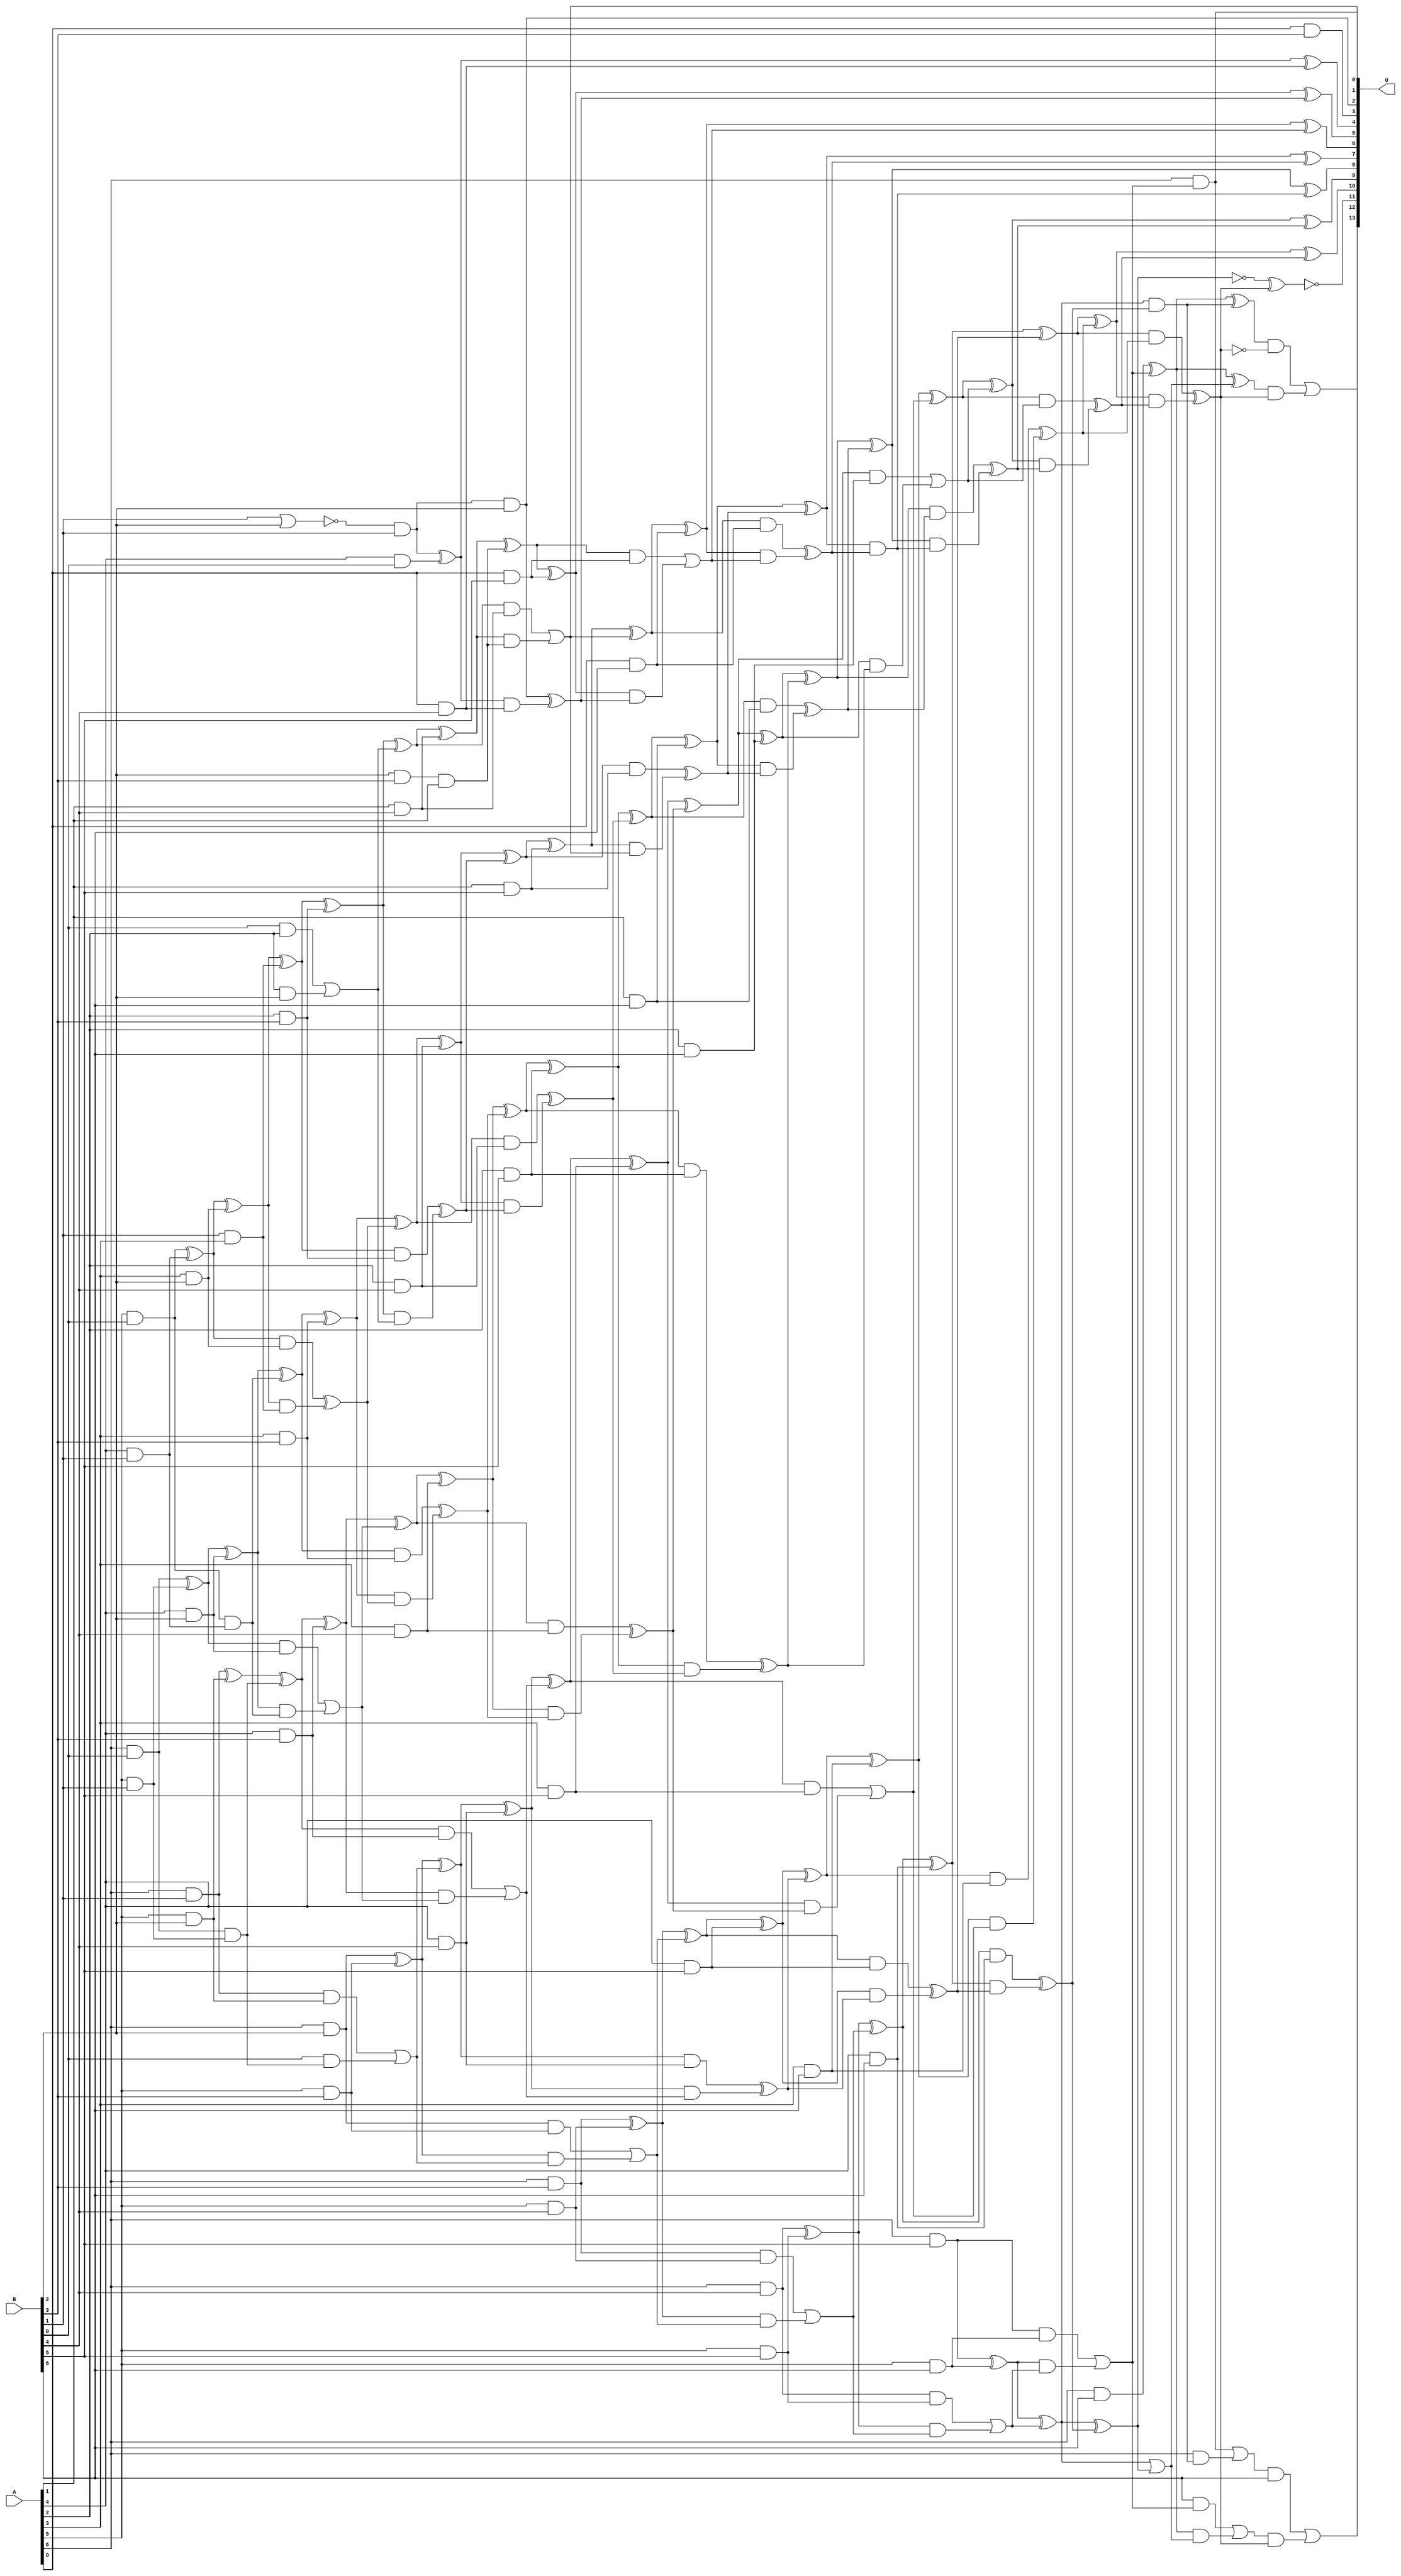
// This program was cloned from: https://github.com/ehw-fit/evoapproxlib
// License: MIT License

/***
* This code is a part of EvoApproxLib library (ehw.fit.vutbr.cz/approxlib) distributed under The MIT License.
* When used, please cite the following article(s): V. Mrazek, S. S. Sarwar, L. Sekanina, Z. Vasicek and K. Roy, "Design of power-efficient approximate multipliers for approximate artificial neural networks," 2016 IEEE/ACM International Conference on Computer-Aided Design (ICCAD), Austin, TX, 2016, pp. 1-7. doi: 10.1145/2966986.2967021 
* This file contains a circuit from a sub-set of pareto optimal circuits with respect to the pwr and ep parameters
***/
// MAE% = 0.058 %
// MAE = 9.5 
// WCE% = 0.19 %
// WCE = 31 
// WCRE% = 700.00 %
// EP% = 85.08 %
// MRE% = 1.68 %
// MSE = 155 
// PDK45_PWR = 0.238 mW
// PDK45_AREA = 446.8 um2
// PDK45_DELAY = 1.22 ns


module mul7u_0B2(A, B, O);
  input [6:0] A, B;
  output [13:0] O;
  wire [6:0] A, B;
  wire [13:0] O;
  wire sig_19, sig_20, sig_25, sig_26, sig_27, sig_35;
  wire sig_36, sig_37, sig_38, sig_39, sig_43, sig_44;
  wire sig_45, sig_46, sig_58, sig_59, sig_61, sig_62;
  wire sig_63, sig_64, sig_65, sig_66, sig_67, sig_68;
  wire sig_69, sig_70, sig_71, sig_72, sig_73, sig_74;
  wire sig_75, sig_76, sig_79, sig_80, sig_81, sig_82;
  wire sig_83, sig_88, sig_89, sig_90, sig_92, sig_93;
  wire sig_94, sig_95, sig_96, sig_97, sig_98, sig_99;
  wire sig_100, sig_101, sig_102, sig_103, sig_104, sig_105;
  wire sig_106, sig_107, sig_108, sig_109, sig_110, sig_111;
  wire sig_112, sig_113, sig_114, sig_115, sig_116, sig_117;
  wire sig_118, sig_119, sig_120, sig_121, sig_123, sig_125;
  wire sig_126, sig_127, sig_128, sig_129, sig_131, sig_132;
  wire sig_133, sig_134, sig_135, sig_136, sig_137, sig_138;
  wire sig_139, sig_140, sig_141, sig_142, sig_143, sig_144;
  wire sig_145, sig_146, sig_147, sig_148, sig_149, sig_150;
  wire sig_151, sig_152, sig_153, sig_154, sig_155, sig_156;
  wire sig_157, sig_158, sig_159, sig_160, sig_162, sig_163;
  wire sig_164, sig_165, sig_166, sig_167, sig_168, sig_169;
  wire sig_170, sig_171, sig_172, sig_173, sig_174, sig_175;
  wire sig_176, sig_177, sig_178, sig_179, sig_180, sig_181;
  wire sig_182, sig_183, sig_184, sig_185, sig_186, sig_187;
  wire sig_188, sig_189, sig_190, sig_191, sig_192, sig_193;
  wire sig_194, sig_195, sig_196, sig_197, sig_199, sig_200;
  wire sig_201, sig_202, sig_203, sig_204, sig_205, sig_206;
  wire sig_207, sig_208, sig_209, sig_210, sig_211, sig_212;
  wire sig_213, sig_214, sig_215, sig_216, sig_217, sig_218;
  wire sig_219, sig_220, sig_221, sig_222, sig_223, sig_224;
  wire sig_226, sig_227, sig_228, sig_229, sig_231, sig_232;
  wire sig_233, sig_234, sig_236, sig_237, sig_238, sig_239;
  wire sig_241, sig_243, sig_244, sig_246, sig_247, sig_248;
  wire sig_249, sig_250, sig_251, sig_252, sig_253, sig_254;
  wire sig_255, sig_256, sig_257, sig_262, sig_263, sig_264;
  wire sig_267, sig_268;
  assign sig_19 = A[5] & B[0];
  assign sig_20 = A[6] & B[0];
  assign sig_25 = A[4] & B[1];
  assign sig_26 = A[5] & B[1];
  assign sig_27 = A[6] & B[1];
  assign sig_35 = B[1] & A[3];
  assign sig_36 = sig_19 ^ sig_25;
  assign sig_37 = sig_19 & sig_25;
  assign sig_38 = sig_20 ^ sig_26;
  assign sig_39 = sig_20 & sig_26;
  assign O[3] = A[0] & B[3];
  assign sig_43 = A[3] & B[2];
  assign sig_44 = A[4] & B[2];
  assign sig_45 = A[5] & B[2];
  assign sig_46 = A[6] & B[2];
  assign sig_58 = B[0] & A[2];
  assign sig_59 = A[2] & B[2];
  assign sig_61 = sig_58 | sig_59;
  assign sig_62 = sig_36 ^ sig_43;
  assign sig_63 = sig_36 & sig_43;
  assign sig_64 = sig_62 & sig_35;
  assign sig_65 = sig_62 ^ sig_35;
  assign sig_66 = sig_63 ^ sig_64;
  assign sig_67 = sig_38 ^ sig_44;
  assign sig_68 = sig_38 & sig_44;
  assign sig_69 = sig_67 & sig_37;
  assign sig_70 = sig_67 ^ sig_37;
  assign sig_71 = sig_68 | sig_69;
  assign sig_72 = sig_27 ^ sig_45;
  assign sig_73 = sig_27 & sig_45;
  assign sig_74 = B[0] & sig_39;
  assign sig_75 = sig_72 ^ sig_39;
  assign sig_76 = sig_73 | sig_74;
  assign sig_79 = A[2] & B[3];
  assign sig_80 = A[3] & B[3];
  assign sig_81 = A[4] & B[3];
  assign sig_82 = A[5] & B[3];
  assign sig_83 = A[6] & B[3];
  assign sig_88 = A[0] & B[4];
  assign sig_89 = !(B[1] | B[2]);
  assign sig_90 = B[2] & B[3];
  assign sig_92 = sig_89 & B[1];
  assign sig_93 = sig_90 & A[1];
  assign sig_94 = sig_65 ^ sig_79;
  assign sig_95 = sig_65 & sig_79;
  assign sig_96 = sig_94 & sig_61;
  assign sig_97 = sig_94 ^ sig_61;
  assign sig_98 = sig_95 ^ sig_96;
  assign sig_99 = sig_70 ^ sig_80;
  assign sig_100 = sig_70 & sig_80;
  assign sig_101 = sig_99 & sig_66;
  assign sig_102 = sig_99 ^ sig_66;
  assign sig_103 = sig_100 ^ sig_101;
  assign sig_104 = sig_75 ^ sig_81;
  assign sig_105 = sig_75 & sig_81;
  assign sig_106 = sig_104 & sig_71;
  assign sig_107 = sig_104 ^ sig_71;
  assign sig_108 = sig_105 | sig_106;
  assign sig_109 = sig_46 ^ sig_82;
  assign sig_110 = sig_46 & sig_82;
  assign sig_111 = sig_109 & sig_76;
  assign sig_112 = sig_109 ^ sig_76;
  assign sig_113 = sig_110 | sig_111;
  assign sig_114 = A[4] & B[0];
  assign sig_115 = A[1] & B[4];
  assign sig_116 = A[2] & B[4];
  assign sig_117 = A[3] & B[4];
  assign sig_118 = A[4] & B[4];
  assign sig_119 = A[5] & B[4];
  assign sig_120 = A[6] & B[4];
  assign sig_121 = sig_92 ^ sig_114;
  assign O[2] = sig_92 & B[2];
  assign sig_123 = sig_121 & sig_88;
  assign O[4] = sig_121 ^ sig_88;
  assign sig_125 = O[2] ^ sig_123;
  assign sig_126 = sig_97 ^ sig_115;
  assign sig_127 = sig_97 & sig_115;
  assign sig_128 = sig_126 & sig_93;
  assign sig_129 = sig_126 ^ sig_93;
  assign O[1] = sig_127 | sig_128;
  assign sig_131 = sig_102 ^ sig_116;
  assign sig_132 = sig_102 & sig_116;
  assign sig_133 = sig_131 & sig_98;
  assign sig_134 = sig_131 ^ sig_98;
  assign sig_135 = sig_132 ^ sig_133;
  assign sig_136 = sig_107 ^ sig_117;
  assign sig_137 = sig_107 & sig_117;
  assign sig_138 = sig_136 & sig_103;
  assign sig_139 = sig_136 ^ sig_103;
  assign sig_140 = sig_137 ^ sig_138;
  assign sig_141 = sig_112 ^ sig_118;
  assign sig_142 = sig_112 & sig_118;
  assign sig_143 = sig_141 & sig_108;
  assign sig_144 = sig_141 ^ sig_108;
  assign sig_145 = sig_142 ^ sig_143;
  assign sig_146 = sig_83 ^ sig_119;
  assign sig_147 = sig_83 & sig_119;
  assign sig_148 = sig_146 & sig_113;
  assign sig_149 = sig_146 ^ sig_113;
  assign sig_150 = sig_147 | sig_148;
  assign sig_151 = A[0] & B[5];
  assign sig_152 = A[1] & B[5];
  assign sig_153 = A[2] & B[5];
  assign sig_154 = A[3] & B[5];
  assign sig_155 = A[4] & B[5];
  assign sig_156 = A[5] & B[5];
  assign sig_157 = A[6] & B[5];
  assign sig_158 = sig_129 ^ sig_151;
  assign sig_159 = sig_129 & sig_151;
  assign sig_160 = sig_158 & sig_125;
  assign O[5] = sig_158 ^ sig_125;
  assign sig_162 = sig_159 | sig_160;
  assign sig_163 = sig_134 ^ sig_152;
  assign sig_164 = sig_134 & sig_152;
  assign sig_165 = sig_163 & O[1];
  assign sig_166 = sig_163 ^ O[1];
  assign sig_167 = sig_164 ^ sig_165;
  assign sig_168 = sig_139 ^ sig_153;
  assign sig_169 = sig_139 & sig_153;
  assign sig_170 = sig_168 & sig_135;
  assign sig_171 = sig_168 ^ sig_135;
  assign sig_172 = sig_169 ^ sig_170;
  assign sig_173 = sig_144 ^ sig_154;
  assign sig_174 = sig_144 & sig_154;
  assign sig_175 = sig_173 & sig_140;
  assign sig_176 = sig_173 ^ sig_140;
  assign sig_177 = sig_174 | sig_175;
  assign sig_178 = sig_149 ^ sig_155;
  assign sig_179 = sig_149 & sig_155;
  assign sig_180 = sig_178 & sig_145;
  assign sig_181 = sig_178 ^ sig_145;
  assign sig_182 = sig_179 ^ sig_180;
  assign sig_183 = sig_120 ^ sig_156;
  assign sig_184 = sig_120 & sig_156;
  assign sig_185 = sig_183 & sig_150;
  assign sig_186 = sig_183 ^ sig_150;
  assign sig_187 = sig_184 | sig_185;
  assign sig_188 = A[0] & B[6];
  assign sig_189 = A[1] & B[6];
  assign sig_190 = A[2] & B[6];
  assign sig_191 = A[3] & B[6];
  assign sig_192 = A[4] & B[6];
  assign sig_193 = A[5] & B[6];
  assign sig_194 = A[6] & B[6];
  assign sig_195 = sig_166 ^ sig_188;
  assign sig_196 = sig_166 & sig_188;
  assign sig_197 = sig_195 & sig_162;
  assign O[6] = sig_195 ^ sig_162;
  assign sig_199 = sig_196 ^ sig_197;
  assign sig_200 = sig_171 ^ sig_189;
  assign sig_201 = sig_171 & sig_189;
  assign sig_202 = sig_200 & sig_167;
  assign sig_203 = sig_200 ^ sig_167;
  assign sig_204 = sig_201 ^ sig_202;
  assign sig_205 = sig_176 ^ sig_190;
  assign sig_206 = sig_176 & sig_190;
  assign sig_207 = sig_205 & sig_172;
  assign sig_208 = sig_205 ^ sig_172;
  assign sig_209 = sig_206 | sig_207;
  assign sig_210 = sig_181 ^ sig_191;
  assign sig_211 = sig_181 & sig_191;
  assign sig_212 = sig_210 & sig_177;
  assign sig_213 = sig_210 ^ sig_177;
  assign sig_214 = sig_211 ^ sig_212;
  assign sig_215 = sig_186 ^ sig_192;
  assign sig_216 = sig_186 & sig_192;
  assign sig_217 = sig_215 & sig_182;
  assign sig_218 = sig_215 ^ sig_182;
  assign sig_219 = sig_216 ^ sig_217;
  assign sig_220 = sig_157 ^ sig_193;
  assign sig_221 = sig_157 & sig_193;
  assign sig_222 = sig_220 & sig_187;
  assign sig_223 = sig_220 ^ sig_187;
  assign sig_224 = sig_221 | sig_222;
  assign O[7] = sig_203 ^ sig_199;
  assign sig_226 = sig_203 & sig_199;
  assign sig_227 = sig_208 ^ sig_204;
  assign sig_228 = sig_208 & sig_204;
  assign sig_229 = sig_227 & sig_226;
  assign O[8] = sig_227 ^ sig_226;
  assign sig_231 = sig_228 ^ sig_229;
  assign sig_232 = sig_213 ^ sig_209;
  assign sig_233 = sig_213 & sig_209;
  assign sig_234 = sig_232 & sig_231;
  assign O[9] = sig_232 ^ sig_231;
  assign sig_236 = sig_233 ^ sig_234;
  assign sig_237 = sig_218 ^ sig_214;
  assign sig_238 = sig_218 & sig_214;
  assign sig_239 = sig_237 & sig_236;
  assign O[10] = sig_237 ^ sig_236;
  assign sig_241 = sig_238 ^ sig_239;
  assign sig_243 = sig_223 & sig_219;
  assign sig_244 = sig_194 ^ sig_224;
  assign O[0] = A[6] & sig_224;
  assign sig_246 = A[6] & sig_243;
  assign sig_247 = sig_244 ^ sig_243;
  assign sig_248 = O[0] | sig_246;
  assign sig_249 = sig_223 ^ sig_219;
  assign sig_250 = sig_223;
  assign sig_251 = !sig_249;
  assign sig_252 = sig_250 | sig_249;
  assign sig_253 = sig_194 ^ sig_224;
  assign sig_254 = B[6] & sig_224;
  assign sig_255 = sig_253 & sig_252;
  assign sig_256 = sig_253 ^ sig_252;
  assign sig_257 = sig_254 | sig_255;
  assign O[11] = !(sig_251 ^ sig_241);
  assign sig_262 = !sig_241;
  assign sig_263 = sig_247 & sig_262;
  assign sig_264 = sig_256 & sig_241;
  assign O[12] = sig_263 | sig_264;
  assign sig_267 = sig_248 & B[6];
  assign sig_268 = sig_257 & sig_241;
  assign O[13] = sig_267 | sig_268;
endmodule